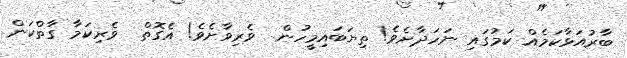
ބާރުއަޅާކަމެއް ކަމުގައި ނަހަދާށެވެ! ތިޔަބައިމީހުން  ވެރިވާށެވެ! އެގޮތް  ވެރިކަމާ ގާތްކަން